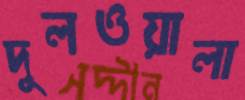
দুলওয়ালা